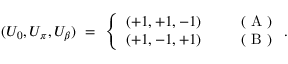
( U _ { 0 } , U _ { \pi } , U _ { \beta } ) ~ = ~ \left\{ \begin{array} { c c } { { ( + 1 , + 1 , - 1 ) } } & { { ~ ~ ~ ~ ~ ( \textrm { A } ) } } \\ { { ( + 1 , - 1 , + 1 ) } } & { { ~ ~ ~ ~ ~ ( \textrm { B } ) } } \end{array} \right. .